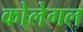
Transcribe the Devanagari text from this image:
को्लेगल